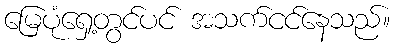
မြေပုံရှေ့တွင်ပင် အသက်ငင်နေသည်။